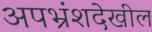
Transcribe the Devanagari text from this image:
अपभ्रंशदेखील